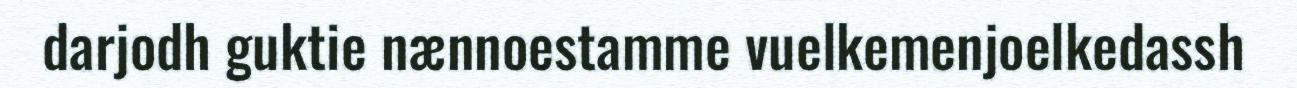
darjodh guktie nænnoestamme vuelkemenjoelkedassh